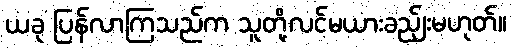
ယခု ပြန်လာကြသည်က သူတို့လင်မယားခည်ျးမဟုတ်။